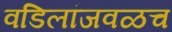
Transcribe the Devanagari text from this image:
वडिलांजवळच